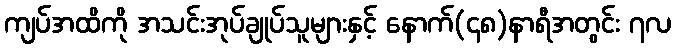
ကျပ်အထိကို အသင်းအုပ်ချုပ်သူများနှင့် နောက်(၄၈)နာရီအတွင်း ၇လ